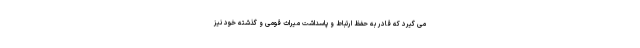
می گیرد که قادر به حفظ ارتباط و پاسداشت میراث قومی و گذشته خود نیز